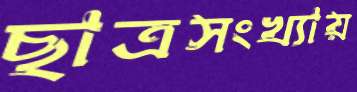
ছাত্রসংখ্যায়